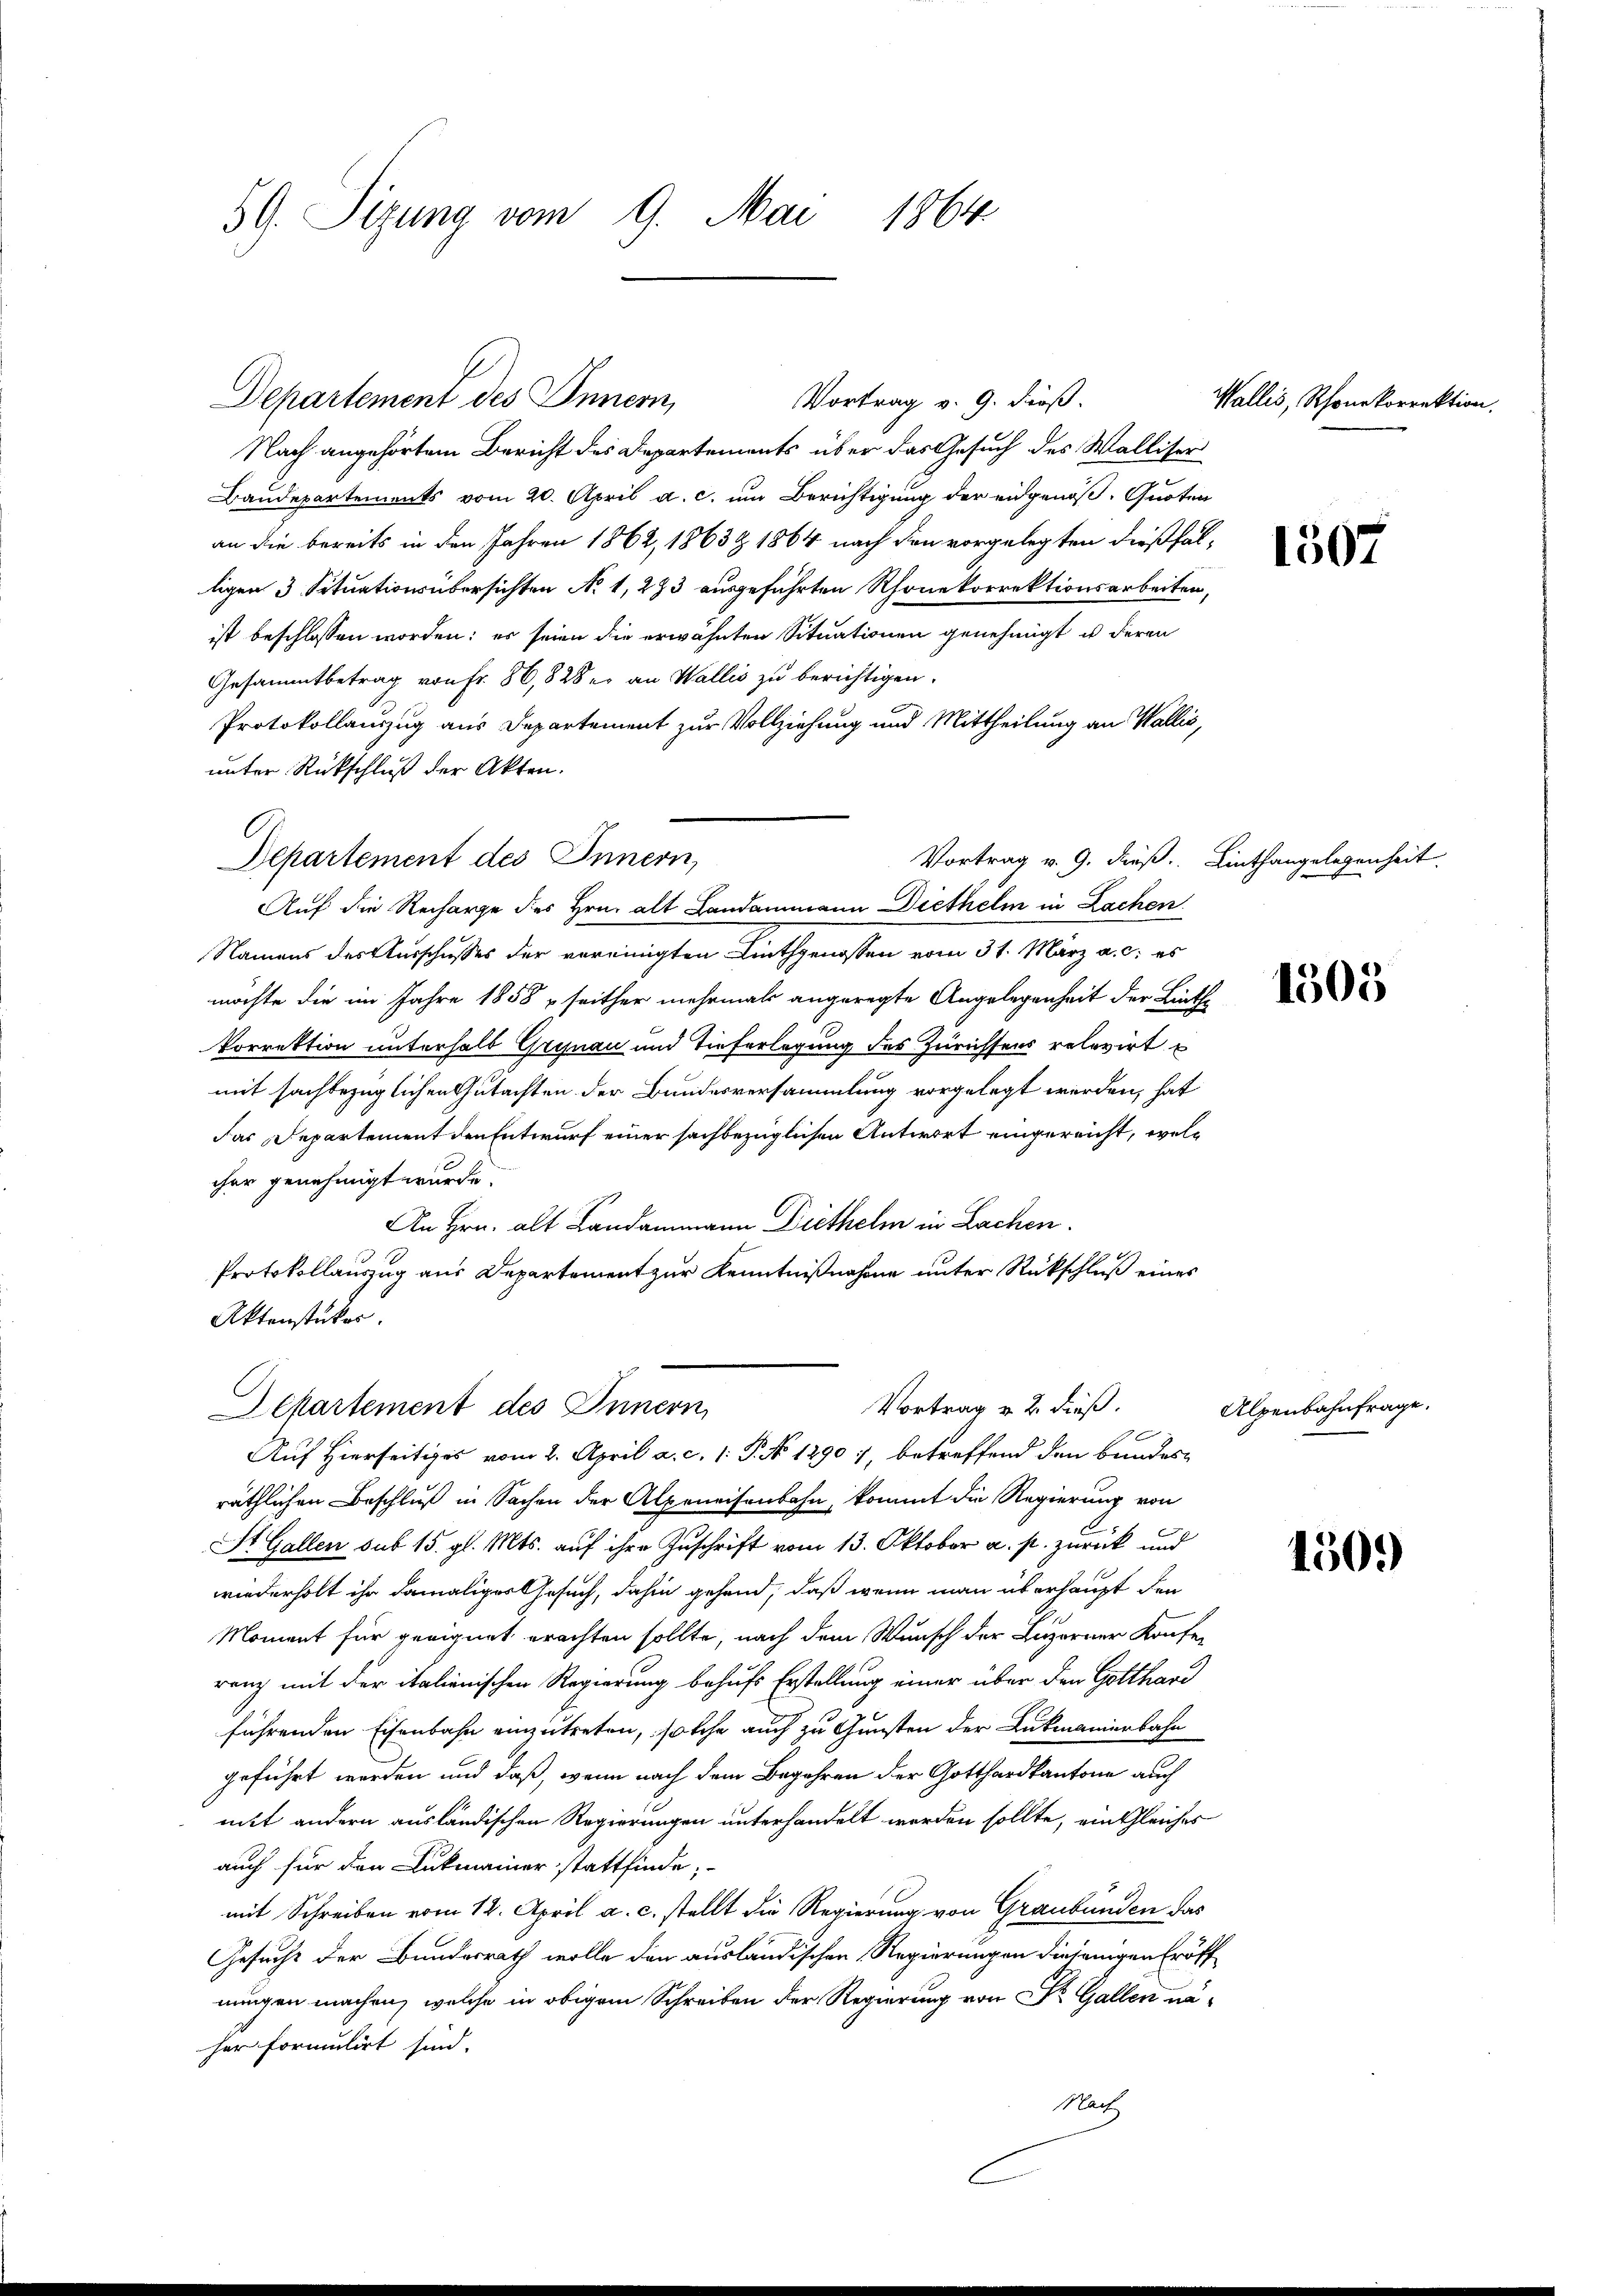
59. Sizung vom 9. Mai 1864

Departement des Innern,

Nach angehörtem Bericht des Departements über das Gesuch des Walliser
Baudepartements vom 20. April a. c. um Berichtigung der eidgenöß. Quoten
an die bereits in den Jahren 1862, 1863 & 1864 nach den vorgelegten dießfälligen 3. Situationsübersichten No 1, 283 ausgeführten Rhonekorrektionsarbeiten,
ist beschlossen worden; er seien die erwähnten Situationen genehmigt u deren
Gesammtbetrag von Fr. 86,828 er an Wallis zu berichtigen.
Protokollauszug aus Departement zur Vollziehung und Mittheilung an Wallis,
unter Rückschluß der Akten.
Vortrag v. 9. dieß. Linthangelegenheit.
Auf die Recharge des Hrn. alt Landammann Diethelm in Lachen
Namens des Ausschusses der vereinigten Linthgenossen vom 31. März a. c. es
möchte die im Jahre 1858 u seither mehrmals angeregte Angelegenheit der Linthe
Porrektion unterhalb Grynau und Tieferlegung des Zürichtens relevirt u
mit sachbezüglichen Gutachten der Bundesversammlung vorgelegt werden, hat
das Departement den Entwurf einer sachbezüglichen Antwort eingereicht, welc
cher genehmigt wurde.
An Hrn. alt Landammann Diethelm in Lachen.
Protokollauszug aus Departement zur Kenntnißnahme unter Rückschluß eines
Aktenstücker.
Vortrag v. 2. dieß.
epartement des Innern,
Auf Hierseitiges vom 2. April a. c. 1. P. No 1290 7, betreffend den bundes-
räthlichen Beschluß in Sachen der Alpeneisenbahn, kommt die Regierung von
St. Gallen sub 15. gl. Mts. auf ihre Zuschrift vom 13. Oktober a. p. zurück und
wiederholt ihr damaliger Gesuch, dahin gehend, daß wenn man überhaupt den
Moment für geeignet erachten sollte, nach dem Wunsch der Luzerner Kaufen
renz mit der italienischen Regierung behufs Erstellung einer über den Gotthari
führenden Eisenbahn einzutreten, solche auch zu Gunsten der Lukmanierbahn
geführt worden und daß, wenn nach dem Begehren der Gotthardkantone auch
nitt andern ausländischen Regierungen unterhandelt worden sollte, ein Gleiches
auch für den Lukmainer stattfinde;
mit Schreiben vom 12. April a. c. stellt die Regierung von Graubünden das
Gesucht der Bundesrath wolle den ausländischen Regierungen diejenigen Eröff
nungen machen, welche in obigem Schreiben der Regierung von Dr. Gallen naher formulirt sind.
Mart

Vortrag v. 9. dieß.

Departement des Innern,

Wallis, Rhonekorrektion.

1507

1305

Alpenbahnfrage.

150.